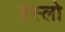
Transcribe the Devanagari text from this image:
हंस्लो